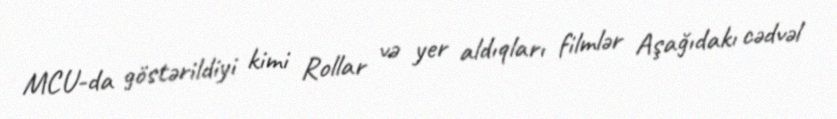
MCU-da göstərildiyi kimi Rollar və yer aldıqları filmlər Aşağıdakı cədvəl